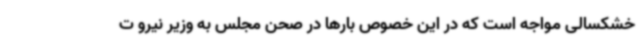
خشکسالی مواجه است که در این خصوص بارها در صحن مجلس به وزیر نیرو ت